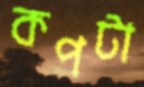
কপটা